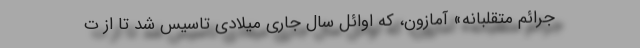
جرائم متقلبانه» آمازون، که اوائل سال جاری میلادی تاسیس شد تا از ت